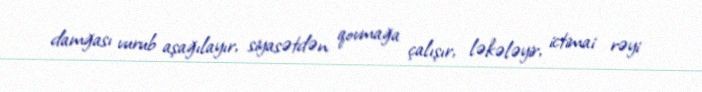
damğası vurub aşağılayır, siyasətdən qovmağa çalışır, ləkələyir, ictimai rəyi